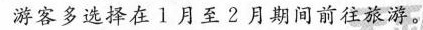
游客多选择在l月至2月期间前往旅游。